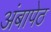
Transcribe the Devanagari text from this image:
अंबापेठ